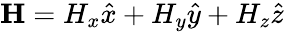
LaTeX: \mathbf{H}=H_{x}\hat{x}+H_{y}\hat{y}+H_{z}\hat{z}